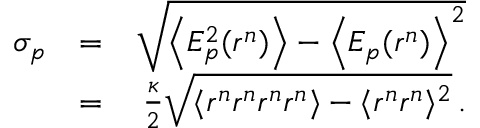
\begin{array} { r l r } { \sigma _ { p } } & { = } & { \sqrt { \left\langle E _ { p } ^ { 2 } ( r ^ { n } ) \right\rangle - \left\langle E _ { p } ( r ^ { n } ) \right\rangle ^ { 2 } } } \\ & { = } & { \frac { \kappa } { 2 } \sqrt { \langle r ^ { n } r ^ { n } r ^ { n } r ^ { n } \rangle - \langle r ^ { n } r ^ { n } \rangle ^ { 2 } } \, . } \end{array}